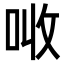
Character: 𠲠